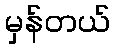
မှန်တယ်